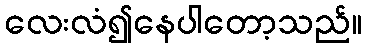
လေးလံ၍နေပါတော့သည်။